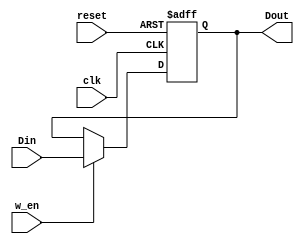
module DFF8(Dout, Din, clk, reset, w_en);
output reg [7:0] Dout;
input [7:0] Din;
input clk, reset, w_en;

always@(posedge clk or negedge reset)begin
if (!reset)
	Dout <= 8'b0;
else
	Dout <= (w_en) ? Din : Dout;
end

endmodule